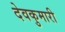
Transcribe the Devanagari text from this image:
देवकुमारी